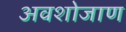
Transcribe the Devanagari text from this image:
अवशोजाण